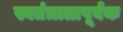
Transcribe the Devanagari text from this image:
स्वतंत्रातापूर्वक